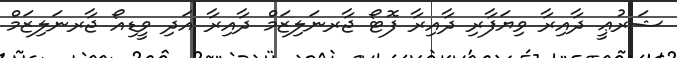
ޝަރުޢީ ދާއިރާ ވިޔަފާރި ދާއިރާ ފޮޓޯ ޖާރނަލިޒަމް ދާއިރާ އަދި ވީޑިއޯ ޖާރނަލިޒަމް